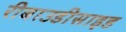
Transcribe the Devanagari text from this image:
रीबाउडीसाइड